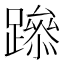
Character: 𨅶